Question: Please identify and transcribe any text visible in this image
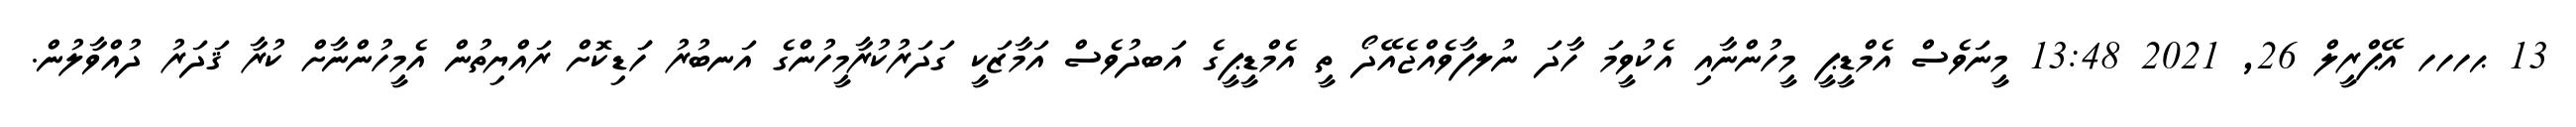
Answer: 13 ޙހހހ އޭޕްރީލް 26, 2021 13:48 މީނަވެސް އެމްޑީޕީ މީހުންނާއި އެކުވީމަ ހާދަ ނުލފާވެއްޖެއޭދޯ ތީ އެމްޑީޕީގެ އަބދުވެސް އަމާޒަކީ ގަދަރުކުރާމީހުންގެ އަނބުރު ހަަޑިކޮށް ރައްޔިތުން އެމީހުންނާށް ކުރާ ޤަދަރު ދުއްވާލުން.